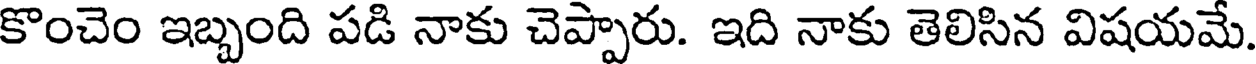
కొంచెం ఇబ్బంది పడి నాకు చెప్పారు. ఇది నాకు తెలిసిన విషయమే.